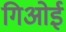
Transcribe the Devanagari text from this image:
गिओई